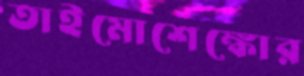
তাইমোশেঙ্কোর